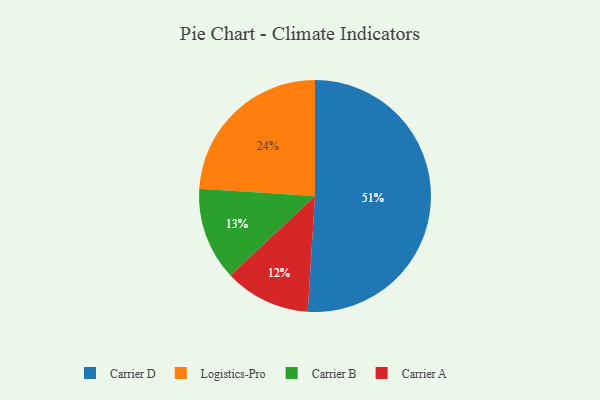
{"axis": {"x": "Category", "y": "Percentage"}, "legend": ["Carrier A", "Carrier B", "Carrier D", "Logistics-Pro"], "data": [{"x": "Carrier B", "y": 13, "type": "Carrier B"}, {"x": "Logistics-Pro", "y": 24, "type": "Logistics-Pro"}, {"x": "Carrier A", "y": 12, "type": "Carrier A"}, {"x": "Carrier D", "y": 51, "type": "Carrier D"}]}